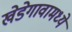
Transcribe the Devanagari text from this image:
खेडेगावामध्ये